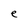
Character: e